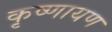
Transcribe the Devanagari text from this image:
कृष्णायण